Annual report on the lock hospitals of the Madras Presidency
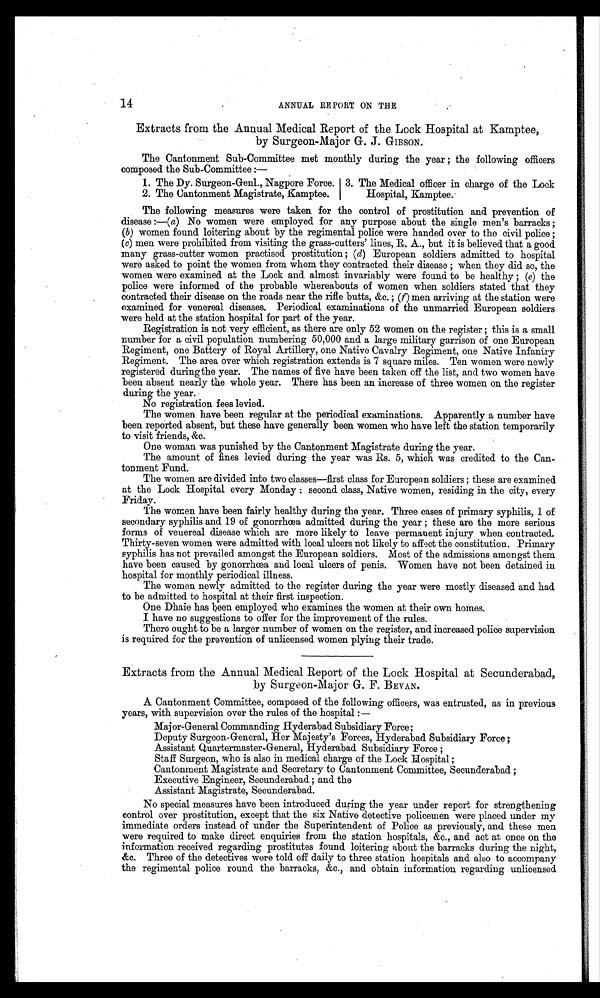
14
ANNUAL REPORT ON THE
Extracts from the Annual Medical Report of the Lock Hospital at Kamptee,
by Surgeon-Major G. J. GIBSON.
The Cantonment Sub-Committee met monthly during the year ; the following officers
composed the Sub-Committee:—
1. The Dy. Surgeon-Genl., Nagpore Force.
2. The Cantonment Magistrate, Kamptee.
3. The Medical officer in charge of the Lock
Hospital, Kamptee.
The following measures were taken for the control of prostitution and prevention of
disease:—(a) No women were employed for any purpose about the single men's barracks ;
(b) women found loitering about by the regimental police were handed over to the civil police;
( e) men were prohibited from visiting the grass-cutters' lines, R. A., but it is believed that a good
many grass-cutter women practised prostitution; (d) European soldiers admitted to hospital
were asked to point the women from whom they contracted their disease; when they did so, the
women were examined at the Lock and almost invariably were found to be healthy; ( e) the
police were informed. of the probable whereabouts of women when soldiers stated that they
contracted their disease on the roads near the rifle butts, amp;c. ; ( f ) m e n a r r i v i n g a t t h e s t a t i o n w e r e
examined for venereal diseases. Periodical examinations of the unmarried European soldiers
were held at the station hospital for part of the year.
Registration is not very efficient, as there are only 52 women on the register; this is a small
number for a civil population numbering 50,000 and a large military garrison of one European
Regiment, one Battery of Royal Artillery, one Native Cavalry Regiment, one Native Infantry
Regiment. The area over which registration extends is 7 square miles. Ten women were newly
registered duringthe year. The names of five have been taken off the list, and two women have
been absent nearly the whole year. There has been an increase of three women on the register
during the year.
No registration fees levied.
The women have been regular at the periodical examinations. Apparently a number have
been reported absent, but these have generally been women who have left the station temporarily
to visit friends, amp;c.
One woman was punished by the Cantonment Magistrate during the year.
The amount of fines levied during the year was Rs. 5, which was credited to the Can-
tonment Fund.
The women are divided into two classes—first class for European soldiers; these are examined
at the Lock Hospital every Monday: second class, Native women, residing in the city, every
Friday.
The women have been fairly healthy during the year. Three cases of primary syphilis, 1 of
secondary syphilis and 19 of gonorrhœa admitted during the year ; these are the more serious
forms of venereal disease which are more likely to leave permanent injury when contracted.
Thirty-seven women were admitted with local ulcers not likely to affect the constitution. Primary
syphilis has not prevailed amongst the European soldiers. Most of the admissions amongst them
have been caused by gonorrhœa and local ulcers of penis. Women have not been detained in
hospital for monthly periodical illness.
The women newly admitted to the register during the year were mostly diseased and had
to be admitted to hospital at their first inspection.
One Dhaie has been employed. who examines the women at their own homes.
I have no suggestions to offer for the improvement of the rules.
There ought to be a larger number of women on the register, and increased police supervision
is required for the prevention of unlicensed women plying their trade.
Extracts from the Annual Medical Report of the Lock Hospital at Secunderabad,
by Surgeon-Major G. F. BEVAN.
A Cantonment Committee, composed of the following officers, was entrusted, as in previous
years, with supervision over the rules of the hospital:—
Major-General Commanding Hyderabad Subsidiary Force;
Deputy Surgeon-General, Her Majesty's Forces, Hyderabad Subsidiary Force;
Assistant Quartermaster-General, Hyderabad Subsidiary Force;
Staff Surgeon, who is also in medical charge of the Lock Hospital;
Cantonment Magistrate and Secretary to Cantonment Committee, Secunderabad;
Executive Engineer, Secunderabad; and the
Assistant Magistrate, Secunderabad.
No special measures have been introduced during the year under report for strengthening
control over prostitution, except that the six Native detective policemen were placed under my
immediate orders instead of under the Superintendent of Police as previously, and these men
were required to make direct enquiries from the station hospitals, amp;c., and act at once on the
information received regarding prostitutes found loitering about the barracks during the night,
a m p ; c . T h r e e o f t h e d e t e c t i v e s w e r e t o l d o f f d a i l y t o t h r e e s t a t i o n h o s p i t a l s a n d a l s o t o a c c o m p a n y
the regimental police round the barracks, amp;c., and obtain information regarding unlicensed.